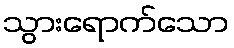
သွားရောက်သော